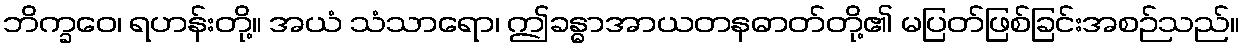
ဘိက္ခဝေ၊ ရဟန်းတို့။ အယံ သံသာရော၊ ဤခန္ဓာအာယတနဓာတ်တို့၏ မပြတ်ဖြစ်ခြင်းအစဉ်သည်။